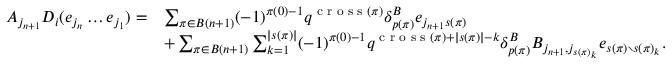
\begin{array} { r l } { A _ { j _ { n + 1 } } D _ { i } ( e _ { j _ { n } } \ldots e _ { j _ { 1 } } ) = } & { \sum _ { \pi \in B ( n + 1 ) } ( - 1 ) ^ { \pi ( 0 ) - 1 } q ^ { \textup { c r o s s } ( \pi ) } \delta _ { p ( \pi ) } ^ { B } e _ { j _ { n + 1 } s ( \pi ) } } \\ & { + \sum _ { \pi \in B ( n + 1 ) } \sum _ { k = 1 } ^ { | s ( \pi ) | } ( - 1 ) ^ { \pi ( 0 ) - 1 } q ^ { \textup { c r o s s } ( \pi ) + | s ( \pi ) | - k } \delta _ { p ( \pi ) } ^ { B } B _ { j _ { n + 1 } , j _ { s ( \pi ) _ { k } } } e _ { s ( \pi ) \setminus s ( \pi ) _ { k } } . } \end{array}